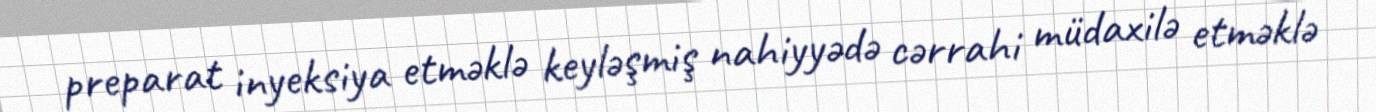
preparat inyeksiya etməklə keyləşmiş nahiyyədə cərrahi müdaxilə etməklə